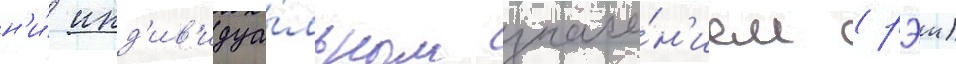
н'и́ инд'ив'идуа́льным значе́н'ием (рэи)